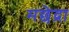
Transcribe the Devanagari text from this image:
मछेद्रा